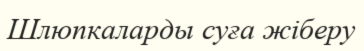
Шлюпкаларды суға жіберу